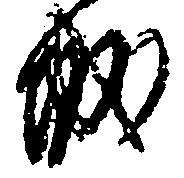
城